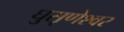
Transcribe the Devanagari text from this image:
घुसृणेश्वर